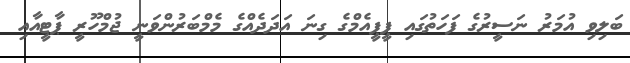
ބަލިވި އުމަރު ނަސީރުގެ ފަހަތުގައި ޕީޕީއެމްގެ ގިނަ އަދަދެއްގެ މެމްބަރުންވަނީ ޖުމްހޫރީ ޕާޓީއާއި